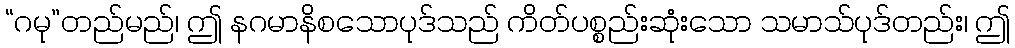
“ဂမု”တည်မည်၊ ဤ နဂမာနိစသောပုဒ်သည် ကိတ်ပစ္စည်းဆုံးသော သမာသ်ပုဒ်တည်း၊ ဤ